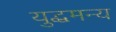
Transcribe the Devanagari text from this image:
युद्धमन्य